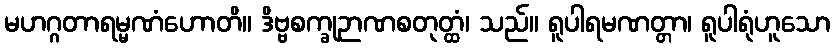
မဟဂ္ဂတာရမ္မဏံဟောတိ။ ဒိဗ္ဗစက္ခုဉာဏစတုတ္ထံ၊ သည်။ ရူပါရမဏတ္တာ၊ ရူပါရုံဟူသော